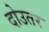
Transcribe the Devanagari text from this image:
दोउतर